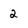
Character: 2